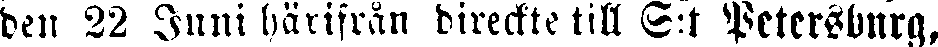
den 22 Juni härifrån direckte till S:t Petersburg,